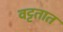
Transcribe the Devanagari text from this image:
वट्टतात